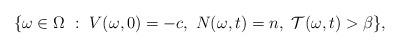
LaTeX: \begin{align*}\lbrace \omega\in \Omega\ :\ V(\omega, 0) = -c,\ N(\omega, t) = n,\ \mathcal{T}(\omega, t)> \beta \rbrace,\end{align*}